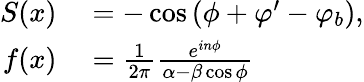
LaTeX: \begin{array}{rl}{S(x)}&{{}=-\cos{(\phi+\varphi^{\prime}-\varphi_{b})},}\\ {f(x)}&{{}=\frac{1}{2\pi}\frac{e^{in\phi}}{\alpha-\beta\cos{\phi}}}\end{array}